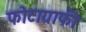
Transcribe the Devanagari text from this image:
फोटाग्राफी